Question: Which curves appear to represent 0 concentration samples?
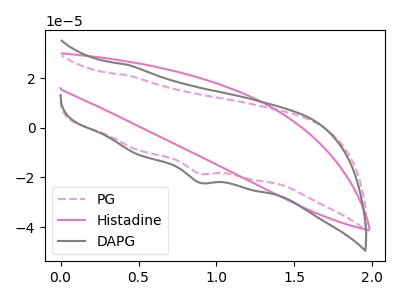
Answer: <think>The pink dashed curve "PG" has a cathodic peak at: (0.90V, -18.40uA). The pink curve "Histadine" has no peaks. The gray curve "DAPG" has a cathodic peak at: (0.90V, -22.10uA).</think>
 <answer>"Histadine" is likely to be a blank.</answer>
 <eval>Histadine</eval>